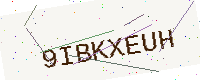
Text: 9IBKXEUH